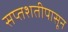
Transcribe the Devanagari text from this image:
सप्तशतीपासून